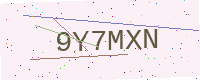
Text: 9Y7MXN